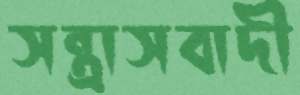
সন্ত্রাসবাদী